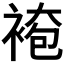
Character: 𧛍